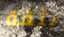
بثقة